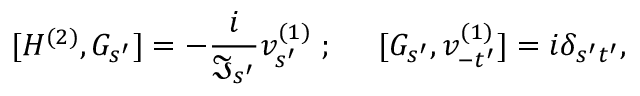
{ [ H ^ { ( 2 ) } , G _ { s ^ { \prime } } ] } = - \frac { i } { \Im _ { s ^ { \prime } } } v _ { s ^ { \prime } } ^ { ( 1 ) } \; ; \; \; \; \; \; { [ G _ { s ^ { \prime } } , v _ { - t ^ { \prime } } ^ { ( 1 ) } ] } = i \delta _ { s ^ { \prime } t ^ { \prime } } ,